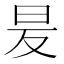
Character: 𭥒